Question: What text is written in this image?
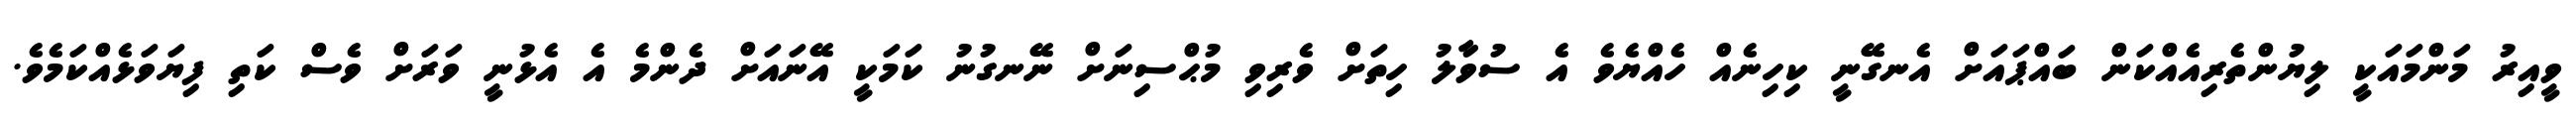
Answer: ވީއިރު މަންމައަކީ ލިޔުންތެރިއެއްކަން ބައްޕައަށް އެނގޭނީ ކިހިނެއް ހެއްޔެވެ އެ ސުވާލު ހިތަށް ވެރިވި މުޙްސިނަށް ނޭނގުނު ކަމަކީ އޭނައަށް ދެންމެ އެ އެޅުނީ ވަރަށް ވެސް ކަތި ފިޔަވަޅެއްކަމެވެ.